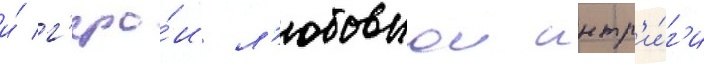
и́ г'еро́и л'юбовнои интр'и́г'и